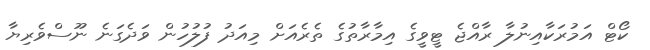
ކޯޓް އަމުރަކާއިނުލާ ރާއްޖެ ޓީވީގެ އިމާރާތުގެ ތެރެއަށް މިއަދު ފުލުހުން ވަދެގަނެ ނޫސްވެރިޔާ